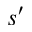
s ^ { \prime }